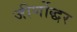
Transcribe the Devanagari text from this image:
जीर्णोद्धर